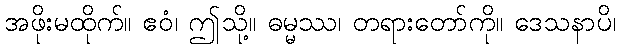
အဖိုးမထိုက်။ ဧဝံ၊ ဤသို့။ ဓမ္မဿ၊ တရားတော်ကို။ ဒေသနာပိ၊